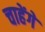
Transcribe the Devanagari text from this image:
चाहेंगें